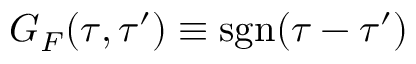
G _ { F } ( \tau , \tau ^ { \prime } ) \equiv \mathrm { s g n } ( \tau - \tau ^ { \prime } )